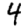
Digit: 4